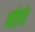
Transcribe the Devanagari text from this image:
चोचे